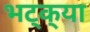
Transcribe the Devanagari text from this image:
भट्‌क्‌या